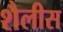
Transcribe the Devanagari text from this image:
शैलीस